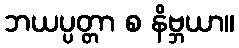
ဘယပ္ပတ္တာ စ နိဗ္ဘယာ။